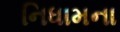
નિધામના